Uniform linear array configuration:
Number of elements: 12
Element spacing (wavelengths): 0.75
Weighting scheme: uniform
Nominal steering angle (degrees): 0
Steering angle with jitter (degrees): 0.3157
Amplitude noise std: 0.05
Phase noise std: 0.05

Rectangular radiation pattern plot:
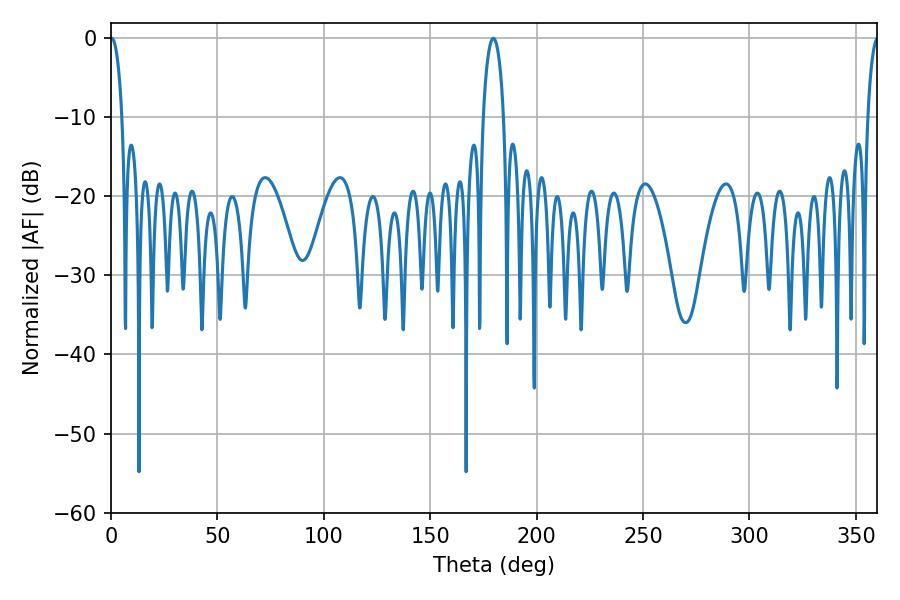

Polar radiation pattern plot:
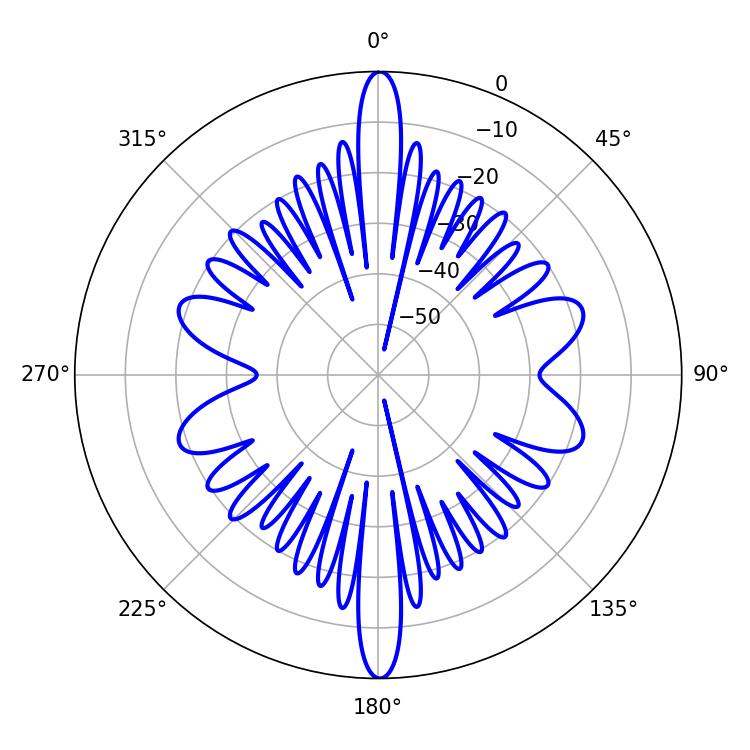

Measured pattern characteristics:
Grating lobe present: TRUE
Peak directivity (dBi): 28.663
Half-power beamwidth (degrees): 5.4
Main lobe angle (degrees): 179.64